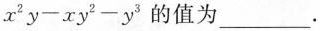
x ^ { 2 } y - x y ^ { 2 } - y ^ { 3 }$$的值为___。